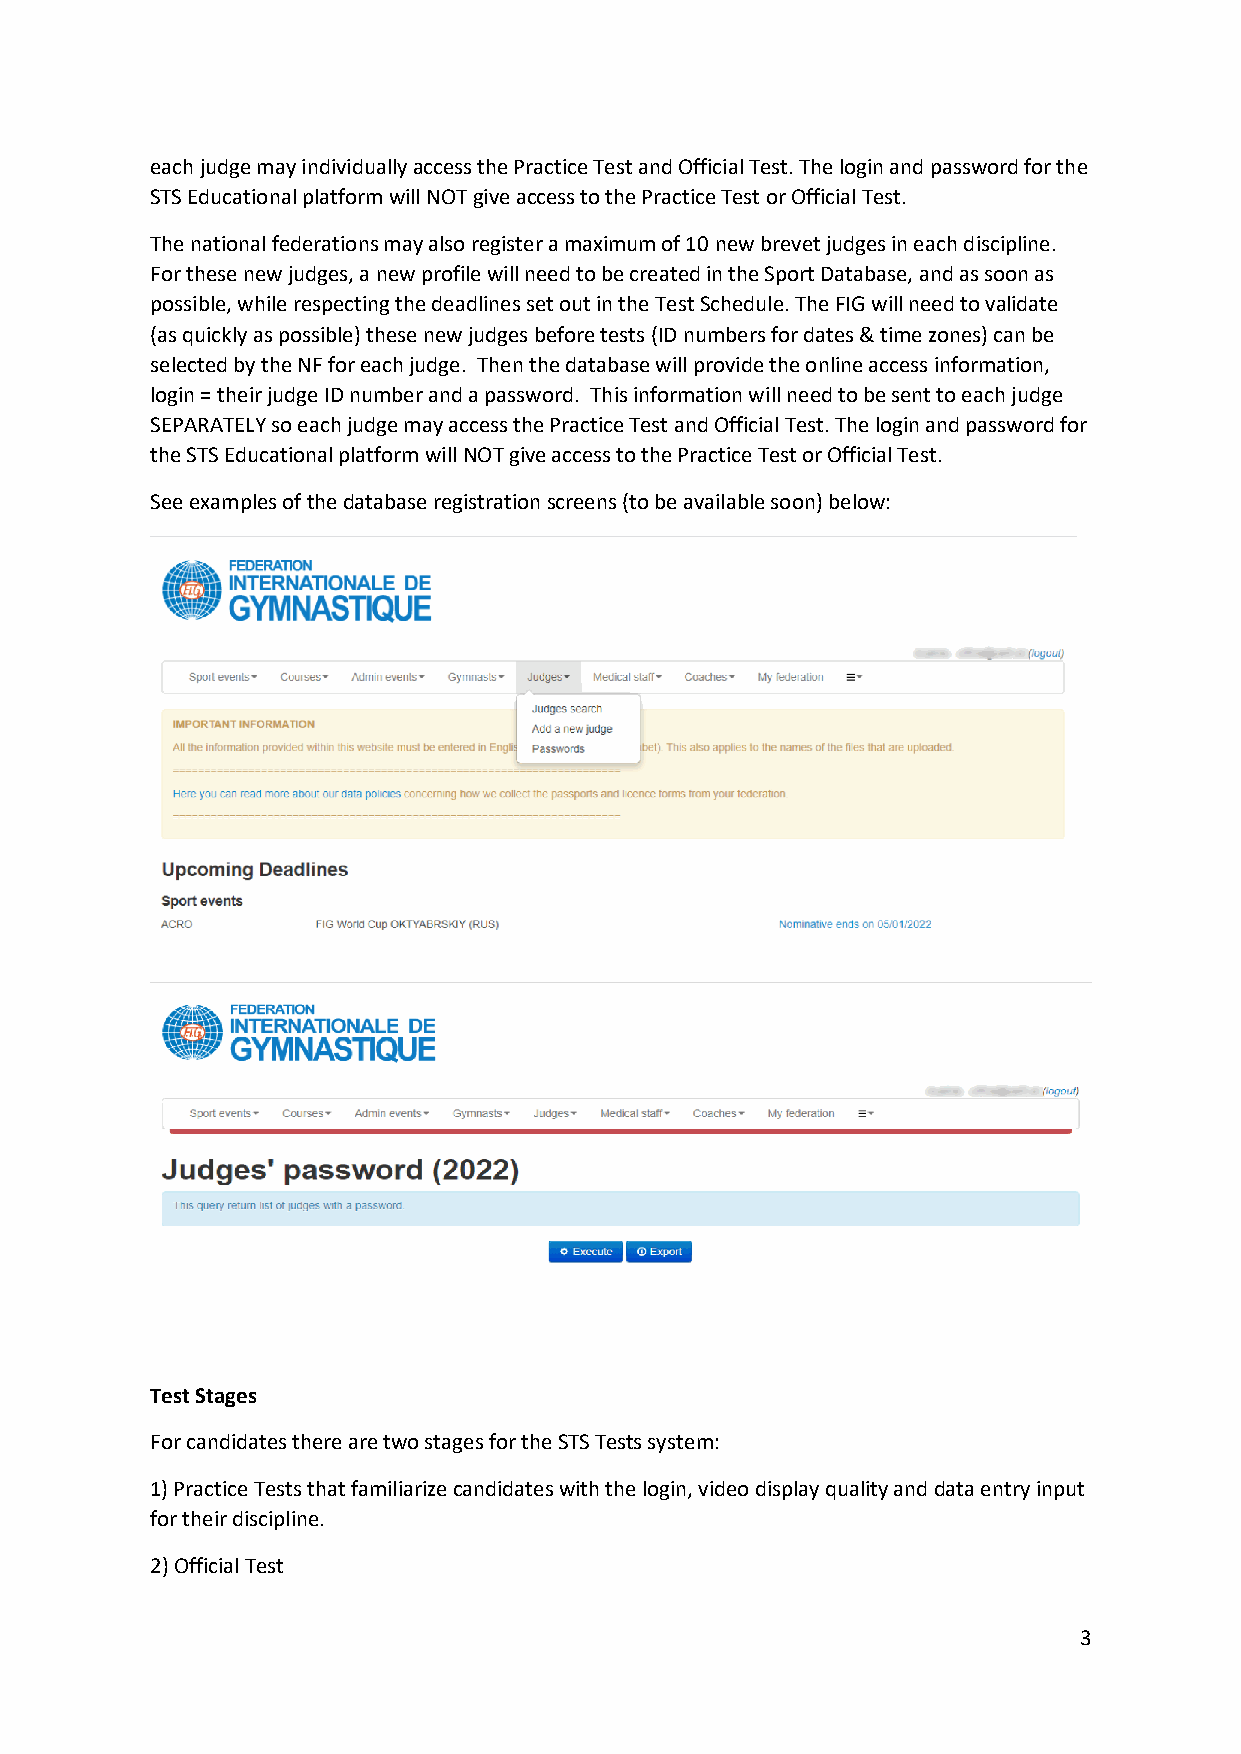
each judge may individually access the Practice Test and Official Test. The login and password for the
 STS Educational platform will NOT give access to the Practice Test or Official Test.
 The national federations may also register a maximum of 10 new brevet judges in each discipline.
 For these new judges, a new profile will need to be created in the Sport Database, and as soon as
 possible, while respecting the deadlines set out in the Test Schedule. The FIG will need to validate
 (as quickly as possible) these new judges before tests (ID numbers for dates & time zones) can be
 selected by the NF for each judge. Then the database will provide the online access information,
 login = their judge ID number and a password. This information will need to be sent to each judge
 SEPARATELY so each judge may access the Practice Test and Official Test. The login and password for
 the STS Educational platform will NOT give access to the Practice Test or Official Test.
 See examples of the database registration screens (to be available soon) below:
 Test Stages
 For candidates there are two stages for the STS Tests system:
 1) Practice Tests that familiarize candidates with the login, video display quality and data entry input
 for their discipline.
 2) Official Test
 3